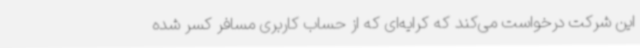
این شرکت درخواست می‌کند که کرایه‌ای که از حساب کاربری مسافر کسر شده